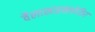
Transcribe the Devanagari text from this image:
वैलासाइक्लोविर